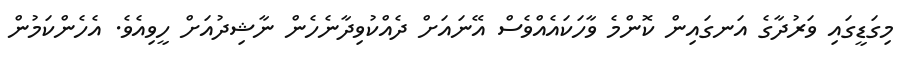
މިގަޑީގައި ވަރުދާގެ އަނގައިން ކޮންމެ ވާހަކައެއްވެސް އޭނައަށް ދެއްކުވިދާނެހެން ނާޝިދުއަށް ހީވިއެވެ. އެހެންކަމުން